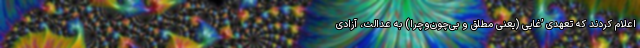
اعلام کردند که تعهدی ’غایی (یعنی مطلق و بی‌چون‌وچرا) به عدالت، آزادی